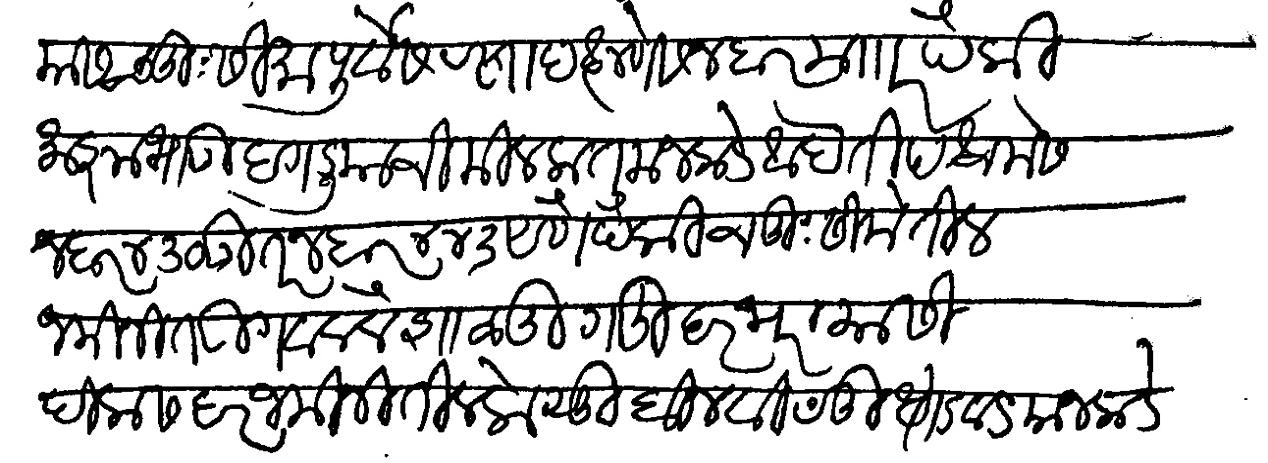
Transliteration (Devanagari): यास चतुसीमा पूर्वेस रस्ता दक्षणेस नंबर मजकूर पैकी माझा भाऊ दगडू याची मिलकत मजकडे आहे ती पश्चमेस नंबर ४३० उतर नंबर ४४३ येणे पैकी चतुसीमेतील जमीनीत उगवलेले शाळू गहू व हरभरा यास पीक सदर जमीनीतील केसू बीन विदू धोंडवड याजकडे